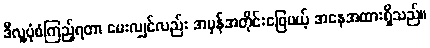
ဒီလူ့ပုံစံကြည့်ရတာ မေးလျှင်လည်း အမှန်အတိုင်းဖြေမယ့် အနေအထားရှိသည်။